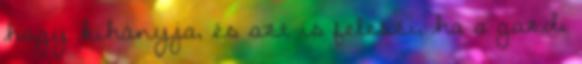
hogy kihányja, és azt is feleszi, ha a gazdi